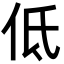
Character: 低